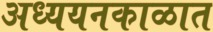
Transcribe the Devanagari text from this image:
अध्ययनकाळात